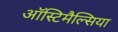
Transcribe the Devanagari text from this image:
ऑस्टिमैल्सिया